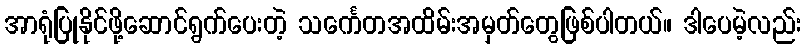
အာရုံပြုနိုင်ဖို့ဆောင်ရွက်ပေးတဲ့ သင်္ကေတအထိမ်းအမှတ်တွေဖြစ်ပါတယ်။ ဒါပေမဲ့လည်း